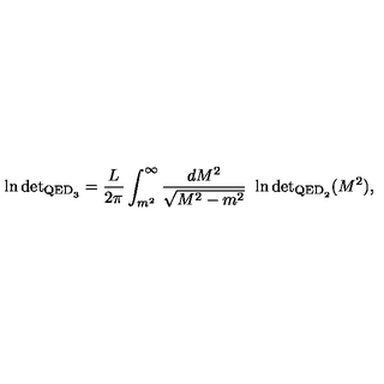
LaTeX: \ln \mathrm { d e t } _ { { \mathrm { \scriptsize { Q E D } } _ { 3 } } } = \frac { L } { 2 \pi } \int _ { m ^ { 2 } } ^ { \infty } \frac { d M ^ { 2 } } { \sqrt { M ^ { 2 } - m ^ { 2 } } } \ \ln \mathrm { d e t } _ { { \mathrm { \scriptsize { Q E D } } _ { 2 } } } ( M ^ { 2 } ) ,